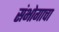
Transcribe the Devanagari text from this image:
संभोगाचा